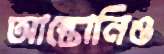
আন্তোনিও